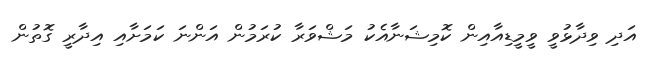
އަދި ވިދާޅުވީ ވީމީޑިއާއިން ކޮމިޝަނާއެކު މަޝްވަރާ ކުރަމުން އަންނަ ކަމަށާއި އިދާރީ ގޮތުން